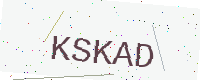
Text: KSKAD